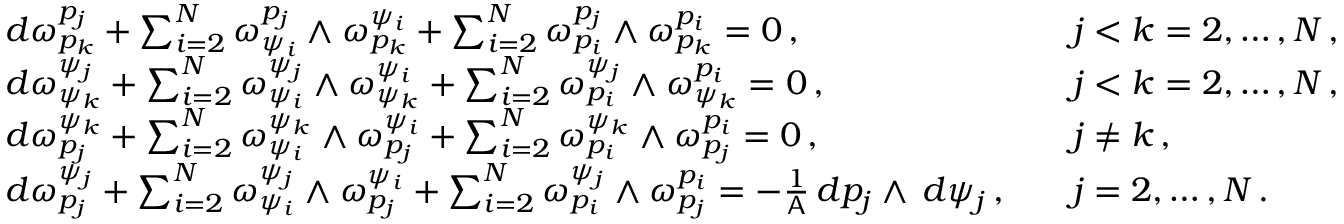
\begin{array} { r l r l } & { d \omega ^ { p _ { j } } _ { p _ { k } } + \sum _ { i = 2 } ^ { N } \omega ^ { p _ { j } } _ { \psi _ { i } } \wedge \omega ^ { \psi _ { i } } _ { p _ { k } } + \sum _ { i = 2 } ^ { N } \omega ^ { p _ { j } } _ { p _ { i } } \wedge \omega ^ { p _ { i } } _ { p _ { k } } = 0 \, , } & & { j < k = 2 , \hdots , N \, , } \\ & { d \omega ^ { \psi _ { j } } _ { \psi _ { k } } + \sum _ { i = 2 } ^ { N } \omega ^ { \psi _ { j } } _ { \psi _ { i } } \wedge \omega ^ { \psi _ { i } } _ { \psi _ { k } } + \sum _ { i = 2 } ^ { N } \omega ^ { \psi _ { j } } _ { p _ { i } } \wedge \omega ^ { p _ { i } } _ { \psi _ { k } } = 0 \, , } & & { j < k = 2 , \hdots , N \, , } \\ & { d \omega ^ { \psi _ { k } } _ { p _ { j } } + \sum _ { i = 2 } ^ { N } \omega ^ { \psi _ { k } } _ { \psi _ { i } } \wedge \omega ^ { \psi _ { i } } _ { p _ { j } } + \sum _ { i = 2 } ^ { N } \omega ^ { \psi _ { k } } _ { p _ { i } } \wedge \omega ^ { p _ { i } } _ { p _ { j } } = 0 \, , } & & { j \neq k \, , } \\ & { d \omega ^ { \psi _ { j } } _ { p _ { j } } + \sum _ { i = 2 } ^ { N } \omega ^ { \psi _ { j } } _ { \psi _ { i } } \wedge \omega ^ { \psi _ { i } } _ { p _ { j } } + \sum _ { i = 2 } ^ { N } \omega ^ { \psi _ { j } } _ { p _ { i } } \wedge \omega ^ { p _ { i } } _ { p _ { j } } = - \frac { 1 } { \mathsf { A } } \, d p _ { j } \wedge \, d \psi _ { j } \, , } & & { j = 2 , \hdots , N \, . } \end{array}